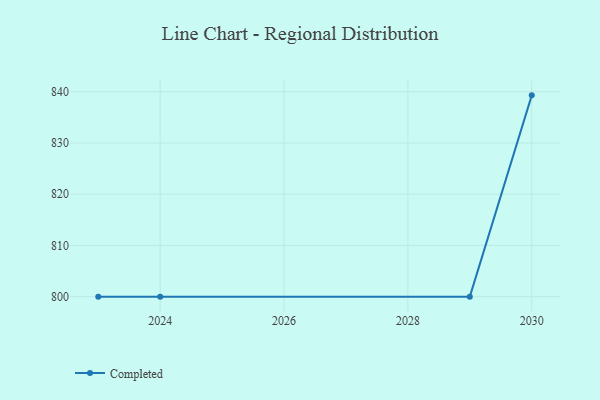
{"axis": {"x": "Year", "y": "Page Views"}, "legend": ["Completed"], "data": [{"x": "2030", "y": 839.3, "type": "Completed"}, {"x": "2029", "y": 800, "type": "Completed"}, {"x": "2024", "y": 800, "type": "Completed"}, {"x": "2023", "y": 800, "type": "Completed"}]}